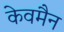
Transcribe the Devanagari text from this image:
केवमैन